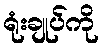
ရုံးချုပ်ကို